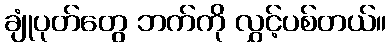
ချုံပုတ်တွေ ဘက်ကို လွှင့်ပစ်တယ်။